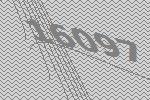
16097